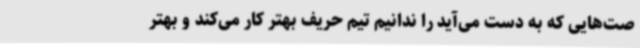
صت‌هایی که به دست می‌آید را ندانیم تیم حریف بهتر کار می‌کند و بهتر